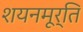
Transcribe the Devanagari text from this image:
शयनमूर्ति